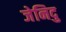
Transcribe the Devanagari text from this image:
जेनिदु